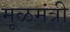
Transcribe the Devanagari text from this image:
मूळमंत्री